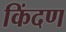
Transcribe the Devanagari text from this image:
किंदण